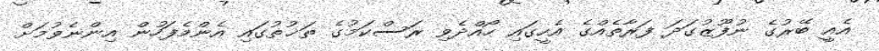
އެއީ ބޭރުގެ ނުފޫޒުގަދަ ފަރާތެއްގެ އެހީގައި ހޯއްދެވި ރަސްކަމުގެ ތަޚުތުގައި އެންމެފަހުން އިންނެވުމަށް